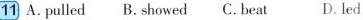
11 A.Pulled B. Showed C. Beat D. Led